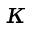
\kappa